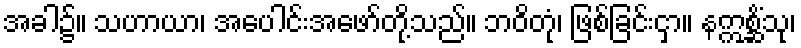
အခါ၌။ သဟာယာ၊ အပေါင်းအဖော်တို့သည်။ ဘဝိတုံ၊ ဖြစ်ခြင်းငှာ။ နဣစ္ဆိံသု၊